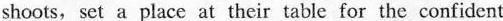
shoots, set a place at their table for the confident